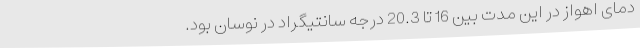
دمای اهواز در این مدت بین 16 تا 20.3 درجه سانتیگراد در نوسان بود.